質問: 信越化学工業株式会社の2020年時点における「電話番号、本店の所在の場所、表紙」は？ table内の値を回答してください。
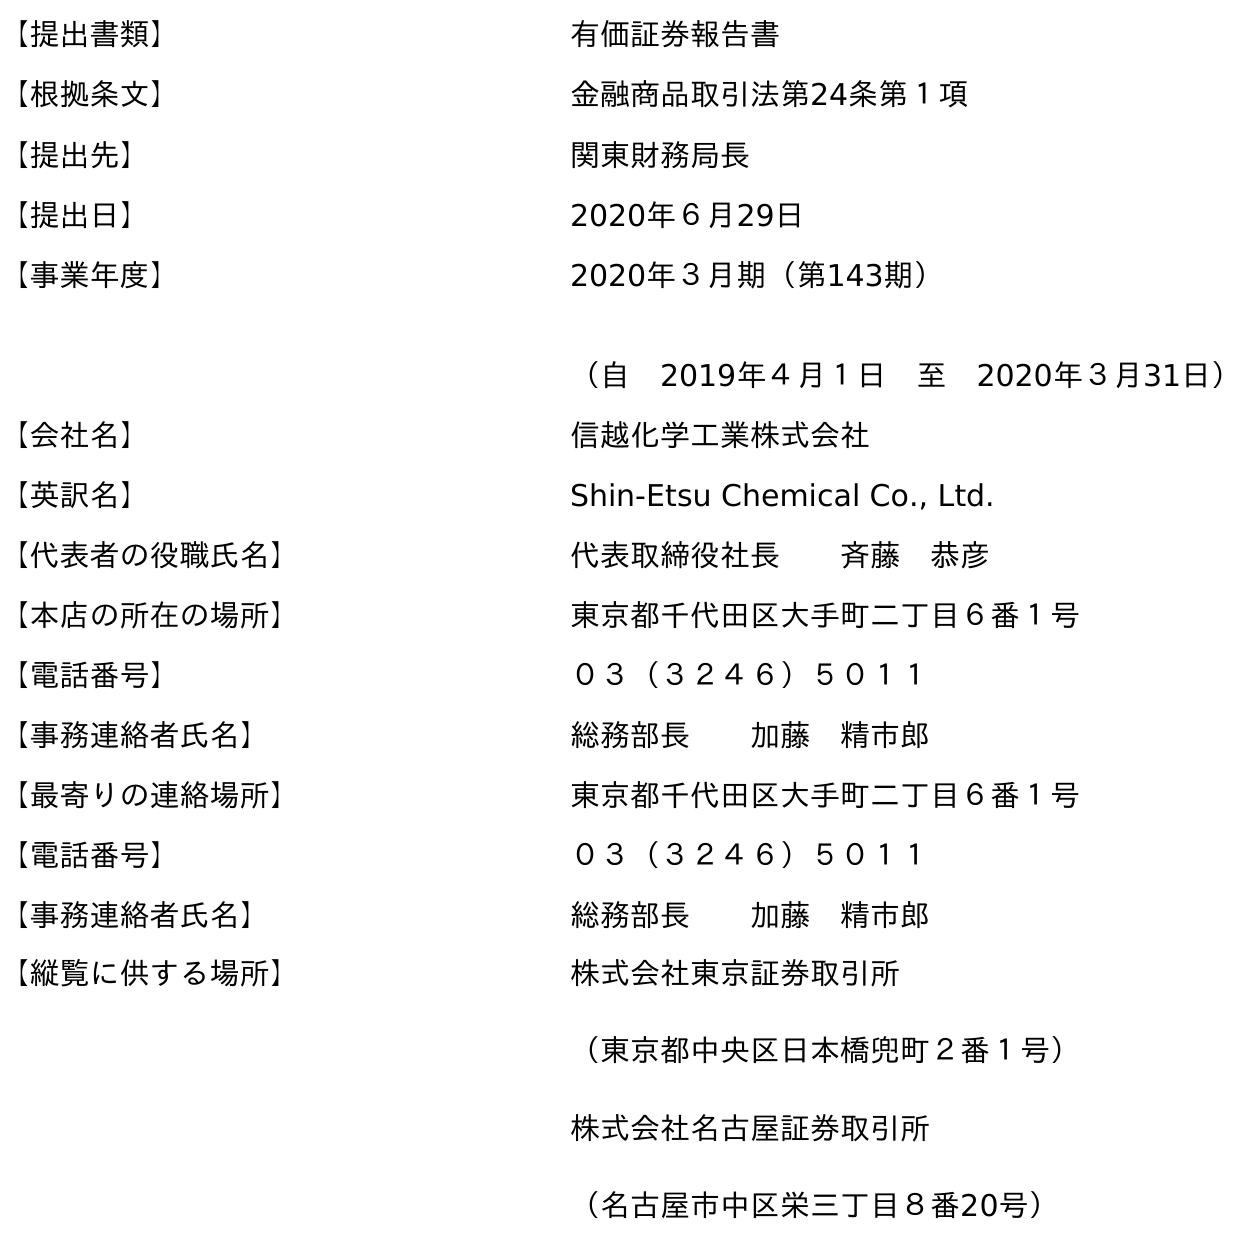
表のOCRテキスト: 【提出書類】 有価証券報告書 【根拠条文】 金融商品取引法第24条第１項 【提出先】 関東財務局長 【提出日】 2020年６月29日 【事業年度】 2020年３月期（第143期） （自 2019年４月１日 至 2020年３月31日） 【会社名】 信越化学工業株式会社 【英訳名】 Shin-Etsu Chemical Co., Ltd. 【代表者の役職氏名】 代表取締役社長  斉藤 恭彦 【本店の所在の場所】 東京都千代田区大手町二丁目６番１号 【電話番号】 ０３（３２４６）５０１１ 【事務連絡者氏名】 総務部長  加藤 精市郎 【最寄りの連絡場所】 東京都千代田区大手町二丁目６番１号 【電話番号】 ０３（３２４６）５０１１ 【事務連絡者氏名】 総務部長  加藤 精市郎 【縦覧に供する場所】 株式会社東京証券取引所 （東京都中央区日本橋兜町２番１号） 株式会社名古屋証券取引所 （名古屋市中区栄三丁目８番20号）
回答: ０３（３２４６）５０１１